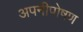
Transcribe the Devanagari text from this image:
अपनीपोषण